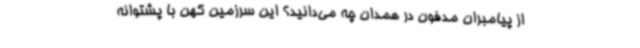
از پیامبران مدفون در همدان چه می‌دانید؟ این سرزمین کهن با پشتوانه